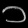
Digit: ၁